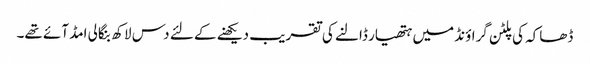
ڈھاکہ کی پلٹن گراؤنڈ میں ہتھیار ڈالنے کی تقریب دیکھنے کے لئے دس لاکھ بنگالی امڈ آئے تھے۔